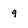
Character: 9